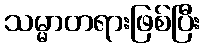
သမ္မာတရားဖြစ်ပြီး